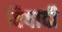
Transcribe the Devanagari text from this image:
विषादी